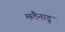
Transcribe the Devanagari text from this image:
मलैनाडु